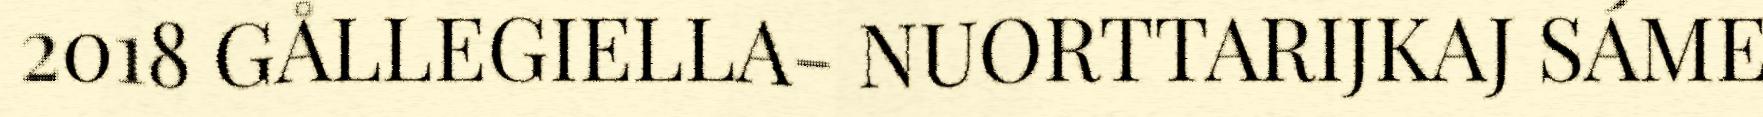
2018 GÅLLEGIELLA- NUORTTARIJKAJ SÁME